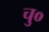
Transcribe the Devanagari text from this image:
चु०